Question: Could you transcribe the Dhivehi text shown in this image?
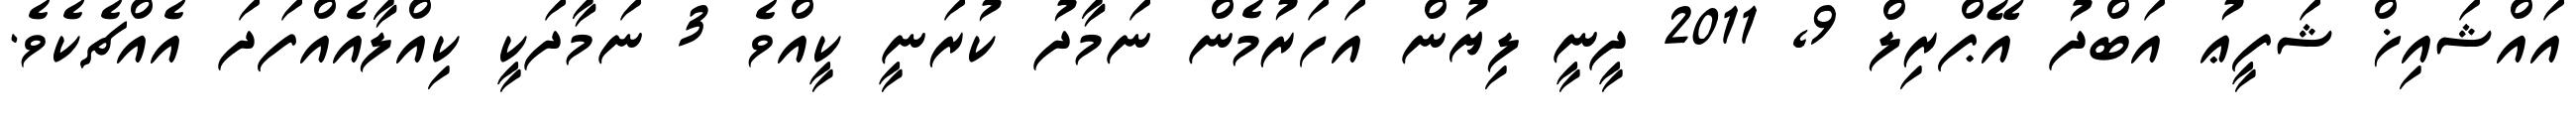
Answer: އައްޝައިޚް ޝަފީޢު އަބްދު އޭޕްރިލް 9, 2011 ދީނީ ލިޔުން އަހަރުމެން ނަމާދު ކުރަނީ ކީއްވެ 3 ނަމާދަކީ ކިއްލާއެއްފަދަ އެއްޗެކެވެ.